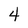
Character: 4